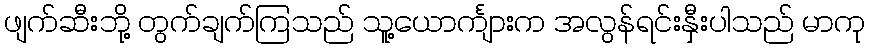
ဖျက်ဆီးဘို့ တွက်ချက်ကြသည် သူ့ယောင်္ကျားက အလွန်ရင်းနှီးပါသည် မာကု